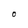
Character: O